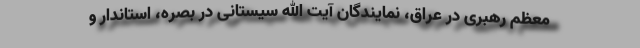
معظم رهبری در عراق، نمایندگان آیت الله سیستانی در بصره، استاندار و